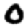
Digit: 0